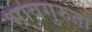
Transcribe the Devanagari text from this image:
भावगुरुता